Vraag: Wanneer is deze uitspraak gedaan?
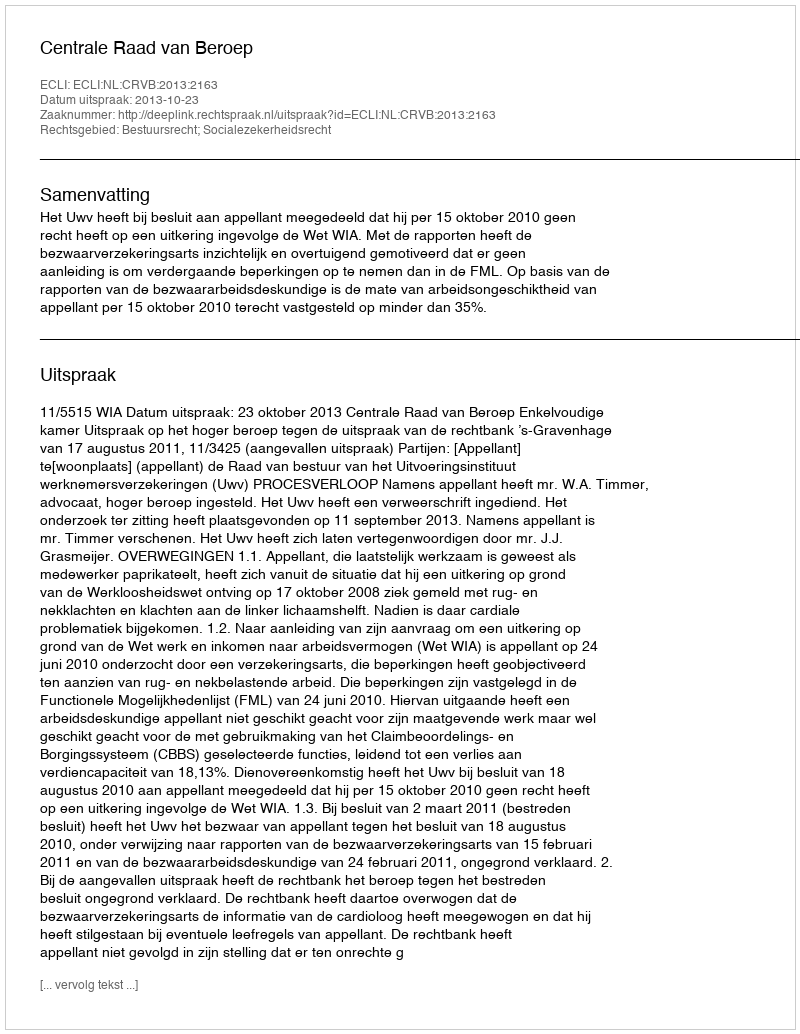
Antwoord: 2013-10-23